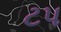
ટપ